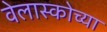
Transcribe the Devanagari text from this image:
वेलास्कोच्या